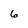
Character: 6